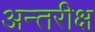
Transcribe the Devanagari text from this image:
अन्तरीक्ष